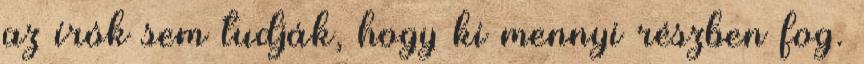
az írók sem tudják, hogy ki mennyi részben fog.